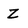
Character: Z